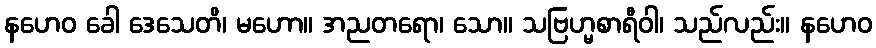
နဟေဝ ခေါ ဒေသေတိ၊ မဟော။ အညတရော၊ သော။ သဗြဟ္မစာရီဝါ၊ သည်လည်း။ နဟေဝ